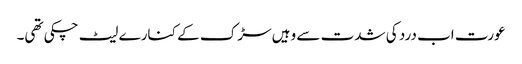
عورت اب درد کی شدت سے وہیں سڑک کے کنارے لیٹ چکی تھی۔